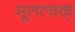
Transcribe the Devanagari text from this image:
मूलत्वक्